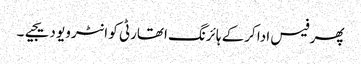
پھر فیس ادا کرکے ہائرنگ اتھارٹی کو انٹرویو دیجیے۔